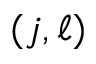
( j , \ell )